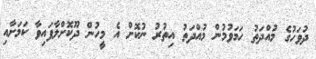
ދުވަހުގެ މުއްދަތު ހަމަވުމުން މުއްދަތު އިތުރު ނުކޮށް އެ މީހުން ދޫކޮށްލާފައިވާ ކަމަށާއި